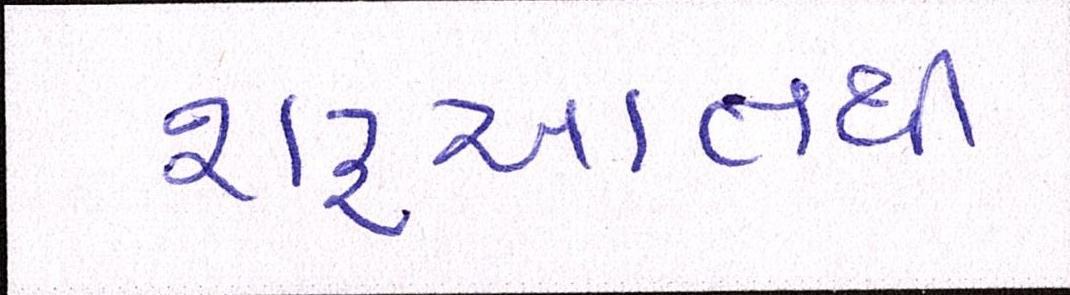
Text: શરૃઆતથી